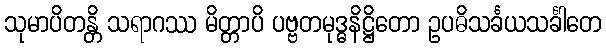
သုမာပိတန္တိ သရာဂဿ မိတ္တာပိ ပဗ္ဗတမုဒ္ဓနိဋ္ဌိတော ဥပဓိသင်္ခယသင်္ခါတေ